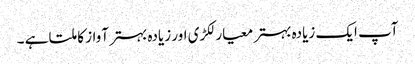
آپ ایک زیادہ بہتر معیار لکڑی اور زیادہ بہتر آواز کا ملتا ہے ۔